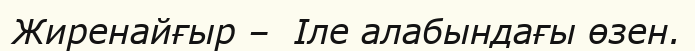
Жиренайғыр –  Іле алабындағы өзен.